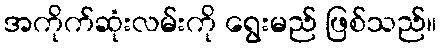
အကိုက်ဆုံးလမ်းကို ရွေးမည် ဖြစ်သည်။